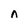
Character: n